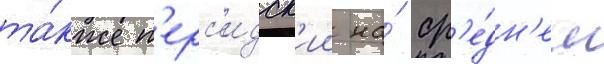
та́кже п'ерс'идск'ии на́ ср'е́дн'ем